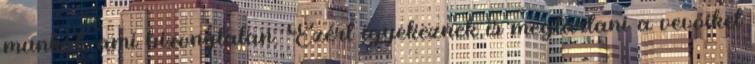
munkát, ami bizonytalan. Ezért igyekeznek is megtartani a vevőiket